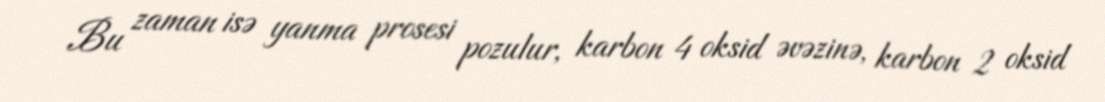
Bu zaman isə yanma prosesi pozulur, karbon 4 oksid əvəzinə, karbon 2 oksid